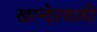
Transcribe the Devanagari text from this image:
खान्देरवाडी